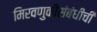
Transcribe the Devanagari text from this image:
मिरवणुकीसंबंधीची